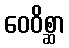
ဝေဝိစ္ဆာ